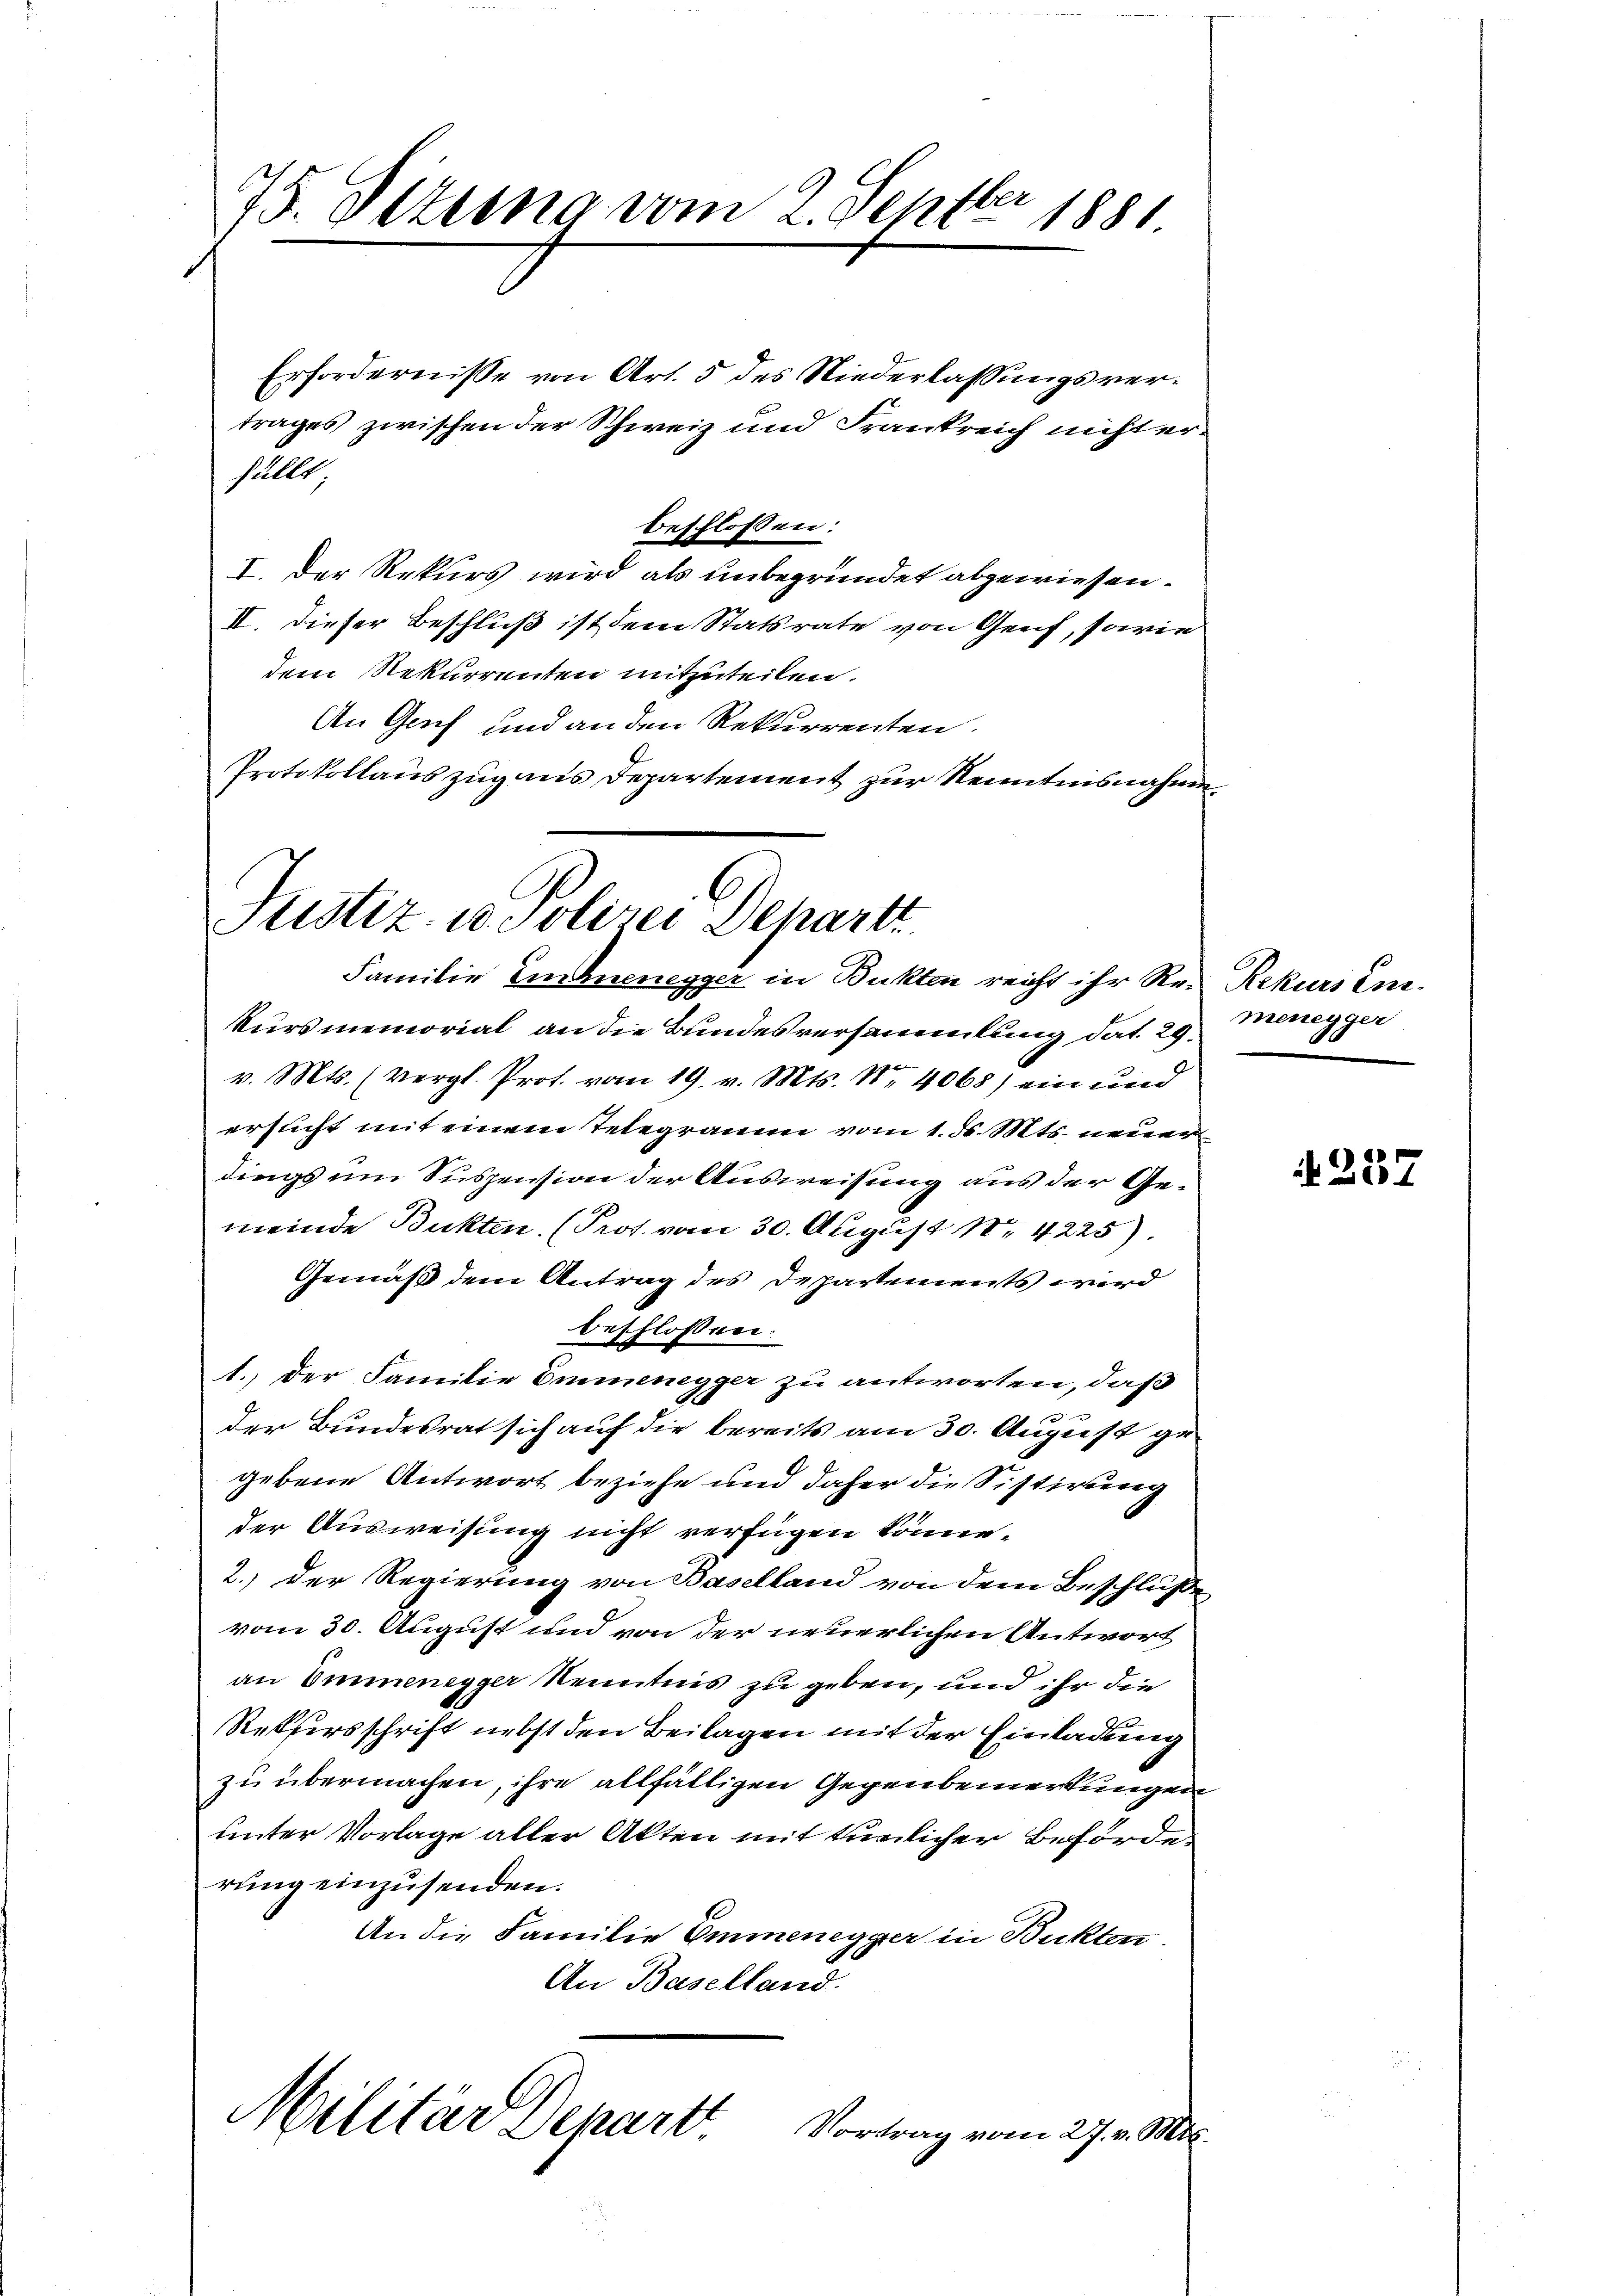
75. Ottung vom 2. Septber 1881

Erfordernisse von Art. 5 des Niederlassungsvertrages zwischen der Schweiz und Frankreich nicht erfüllt
I. Der Rekurs wird als unbegründet abgewiesen.
II. Dieser Beschluß ist dem Statsrate von Genf, sowie
dem Rekurrenten mitzuteilen.
An Gech und an den Rekurrenten.
Protokollauszug aus Departement zur Kenntnisnahme

beschlossen:

Justiz- u. Polizei Departt
Familie Einnenegger in Bukten reicht ihr Re- Rekurs En¬

kursmemorial an die Bundesversammlung dat. 29 Menegger
v. Mts. (vergl. Prof. vom 19. v. Mts. N. 4068) ein und
ersucht mit einem Telegramm vom 1. d. Mts. neuer
dings um Suspension der Ausweisung aus der Gemeinde Bukten. (Prof. vom 30. August 184225)
Gemäß dem Antrag des Departements wird
beschlossen:
1.) Der Familie Emmenegger zu antworten, daß
e
der Bundesrat sich auf die bereits am 30. August gegebene Antwort beziehe und daher die Sistirung
der Ausweisung nicht verfügen könne.
2.) Der Regierung von Baselland von dem Beschluße
vom 30. August und von der neuerlichen Antwort
an Emmenegger Kenntnis zu geben, und ihr die
Rekursschrift nebst den Beilagen mit der Einladung
zu übermachen, ihre allfälligen Gegenbemerkungen
unter Vorlage aller Akten mit tunlicher Beförde
rung einzusenden.
An die Familie Emmenegger in Bukten.
An Baselland.
Militär Depart
Vortrag vom 27. v. Mts.

f
N 221